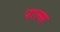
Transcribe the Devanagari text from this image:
पाल्स